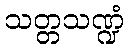
သတ္တသဏ္ဍံ